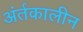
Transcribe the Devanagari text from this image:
अंर्तकालीन